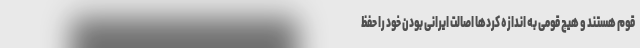
قوم هستند و هیچ قومی به اندازه کردها اصالت ایرانی بودن خود را حفظ